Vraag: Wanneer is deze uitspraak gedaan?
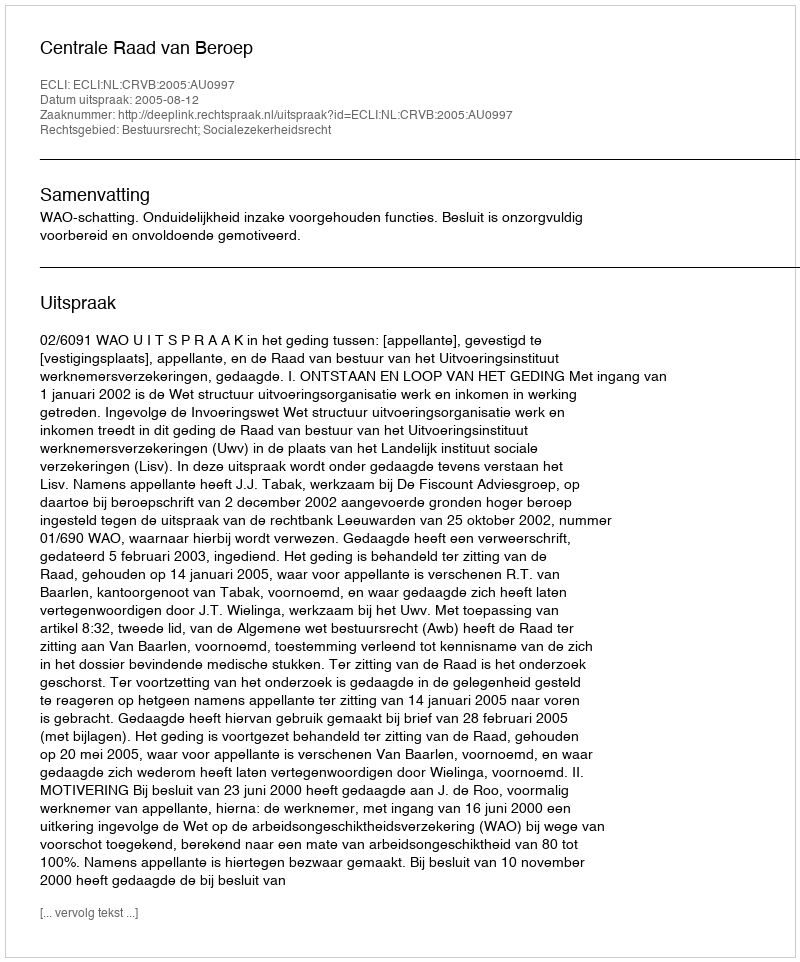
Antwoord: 2005-08-12